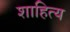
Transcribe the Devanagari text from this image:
शाहित्य